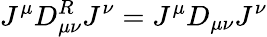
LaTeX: J^{\mu}D_{\mu\nu}^{R}J^{\nu}=J^{\mu}D_{\mu\nu}J^{\nu}